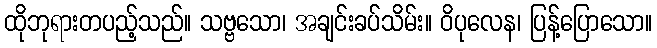
ထိုဘုရားတပည့်သည်။ သဗ္ဗသော၊ အချင်းခပ်သိမ်း။ ဝိပုလေန၊ ပြန့်ပြောသော။